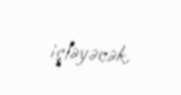
işləyəcək.